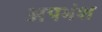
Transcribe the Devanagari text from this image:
अपभंश